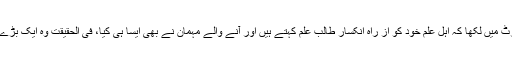
کمیٹی نے اپنی رپورٹ میں لکھا کہ اہلِ علم خود کو از راہِ انکسار طالب علم کہتے ہیں اور آنے والے مہمان نے بھی ایسا ہی کیا، فی الحقیقت وہ ایک بڑے شیخ الحدیث ہی ہیں۔